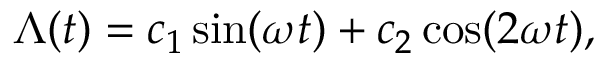
\Lambda ( t ) = c _ { 1 } \sin ( \omega t ) + c _ { 2 } \cos ( 2 \omega t ) ,